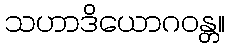
သဟာဒိယောဂဝန္တ။